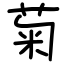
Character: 菊